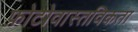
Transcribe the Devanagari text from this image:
फ़ोटोवास्तविकता